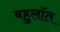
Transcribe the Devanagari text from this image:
बहुलॉत